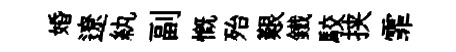
婚遼紈副慨殆艱鐵駮挟霏